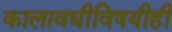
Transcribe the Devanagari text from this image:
कालावधीविषयीही